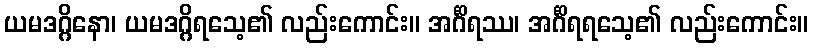
ယမဒဂ္ဂိနော၊ ယမဒဂ္ဂိရသေ့၏ လည်းကောင်း။ အင်္ဂိရဿ၊ အင်္ဂိရရသေ့၏ လည်းကောင်း။